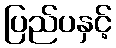
ပြည်ပနှင့်